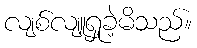
လျစ်လျူရှုခဲ့မိသည်။